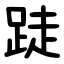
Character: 跿